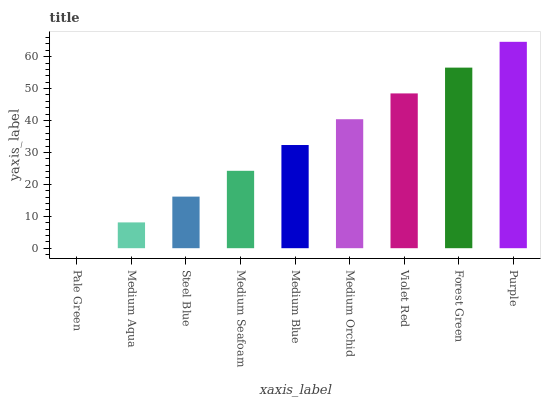
| xaxis_label | bars |
 | --- | --- |
 | Pale Green | 0 |
 | Medium Aqua | 8.08 |
 | Steel Blue | 16.2 |
 | Medium Seafoam | 24.2 |
 | Medium Blue | 32.3 |
 | Medium Orchid | 40.4 |
 | Violet Red | 48.5 |
 | Forest Green | 56.6 |
 | Purple | 64.7 |